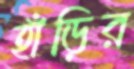
হাঁড়ির